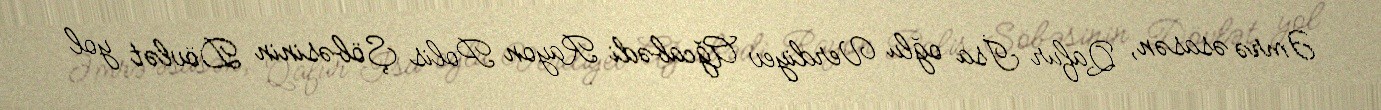
Əmrə əsasən, Qafur İsa oğlu Verdiyev Ağcabədi Rayon Polis Şöbəsinin Dövlət yol